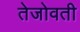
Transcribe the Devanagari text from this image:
तेजोवती